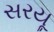
સરયૂ